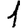
Digit: 1